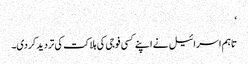
‘
تاہم اسرائیل نے اپنے کسی فوجی کی ہلاکت کی تردید کردی۔